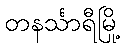
တနင်္သာရီမြို့